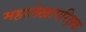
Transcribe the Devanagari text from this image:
महालेखापरिक्षक